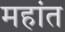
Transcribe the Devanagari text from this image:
महांत